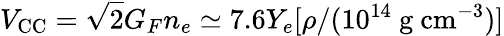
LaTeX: V_{\mathrm{CC}}=\sqrt{2}G_{F}n_{e}\simeq 7.6Y_{e}[\rho/(10^{14}~\mathrm{g}~\mathrm{cm}^{-3})]